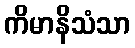
ကိမာနိသံသာ